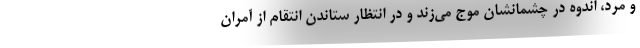
و مرد، اندوه در چشمانشان موج می‌زند و در انتظار ستاندن انتقام از آمران